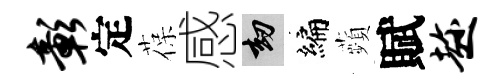
彰定葆感劫编蘋賦趁